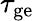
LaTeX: \tau_{\textrm{ge}}